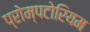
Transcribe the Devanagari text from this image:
प्रोम्पटोरियम